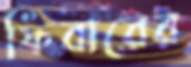
ফিবারের